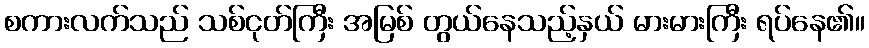
စကားလက်သည် သစ်ငုတ်ကြီး အမြစ် တွယ်နေသည့်နှယ် မားမားကြီး ရပ်နေ၏။